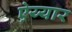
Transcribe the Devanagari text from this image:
ऐय्यार